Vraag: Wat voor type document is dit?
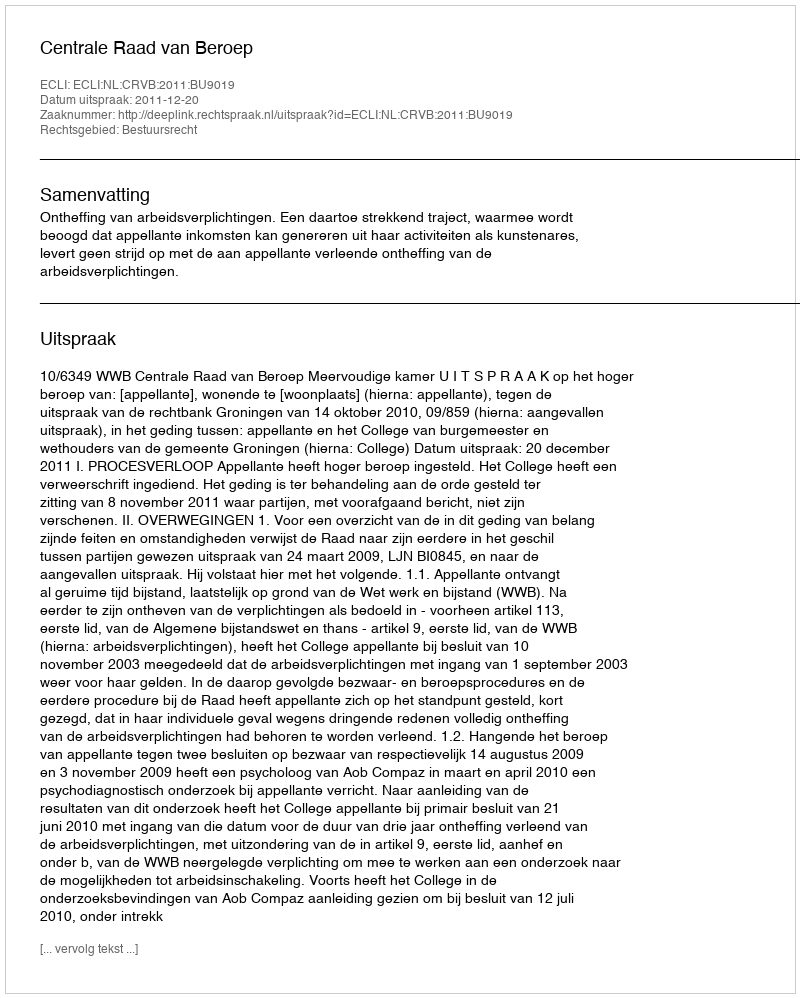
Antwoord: Uitspraak